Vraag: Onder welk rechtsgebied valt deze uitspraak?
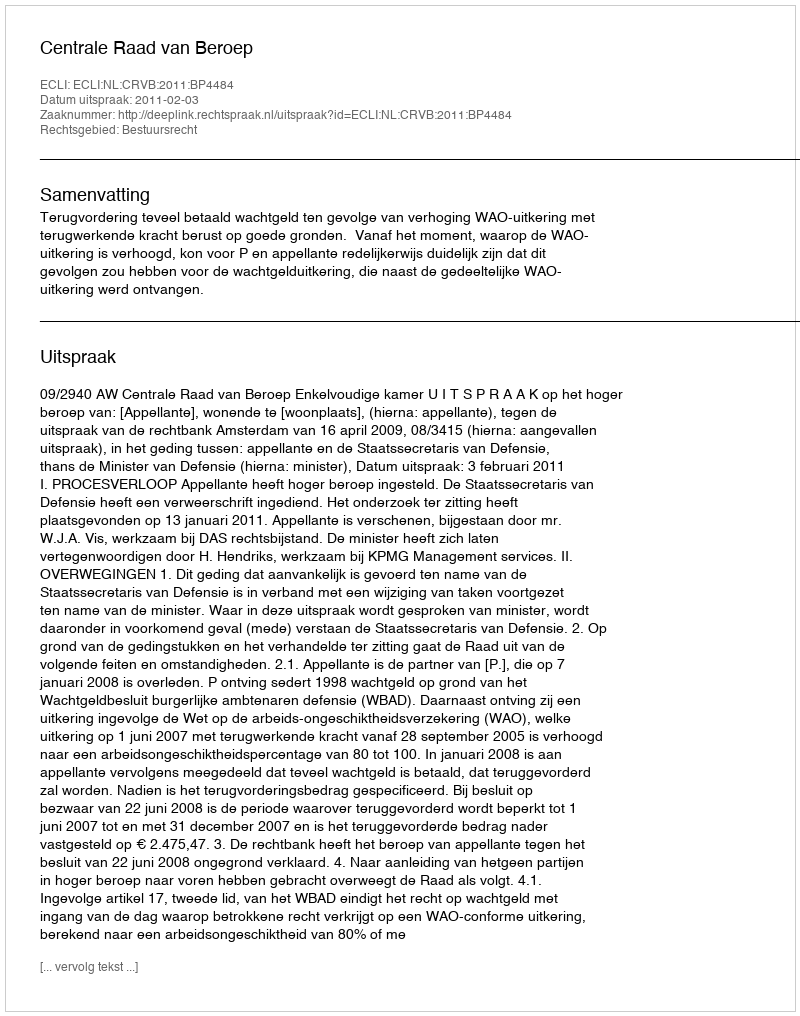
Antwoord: Bestuursrecht